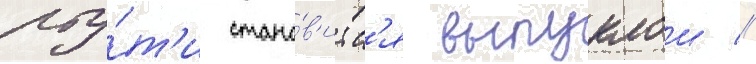
рту́т'и стано́в'итс'я выпуклои //